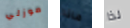
موزلي ماذا لذا